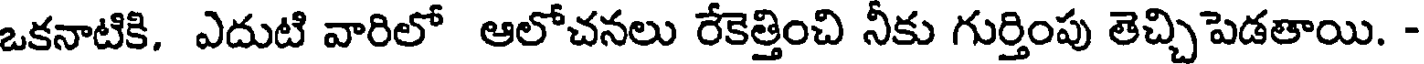
ఒకనాటికి. ఎదుటి వారిలో ఆలోచనలు రేకెత్తించి నీకు గుర్తింపు తెచ్చిపెడతాయి. -